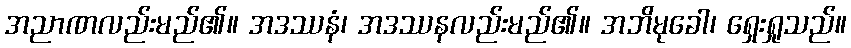
အညာဏလည်းမည်၏။ အဒဿနံ၊ အဒဿနလည်းမည်၏။ အဘိမုခေါ၊ ရှေးရှုသည်။